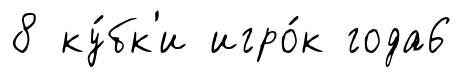
8 ку́бк'и игро́к года6